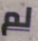
لم